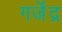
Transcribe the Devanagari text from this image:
गजॆंद्र